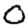
Digit: 0